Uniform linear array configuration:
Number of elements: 8
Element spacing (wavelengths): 0.75
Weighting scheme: hamming
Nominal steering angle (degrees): -30
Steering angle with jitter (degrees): -30.301
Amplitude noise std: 0.05
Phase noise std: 0.05

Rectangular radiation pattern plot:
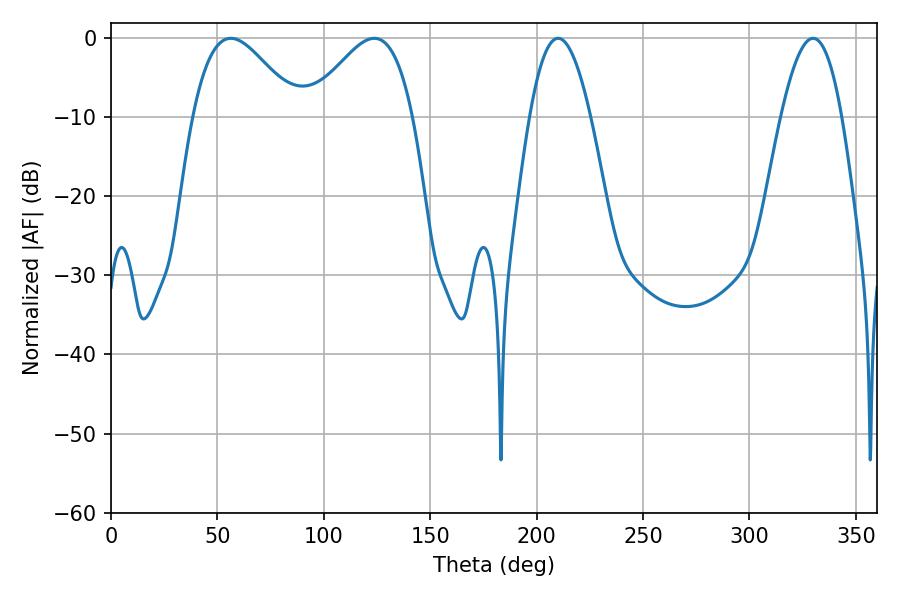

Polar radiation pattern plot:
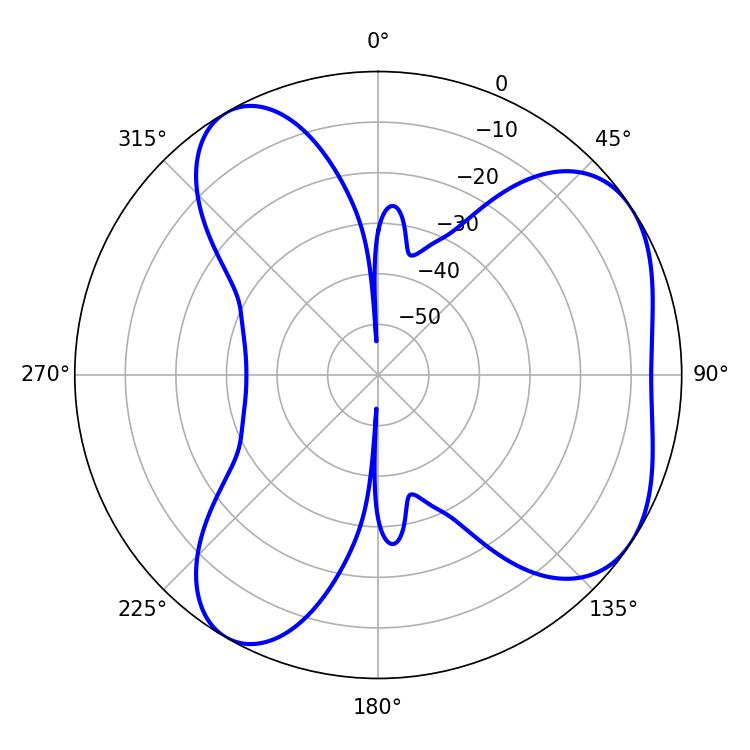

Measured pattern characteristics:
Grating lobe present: TRUE
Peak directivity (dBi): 5.391
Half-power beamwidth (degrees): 26.1
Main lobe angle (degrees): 56.34